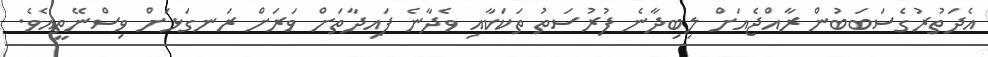
އެދަތުރުގެސަބަބުން ރާއްޖެއަށް ލިބިދާނެ ފުރުސަތު ތަކަކާއި ވެދާނެ ފައިދާތަށް ވަރަށް ރަނގަޅަށް ވިސްނޭތީއެވެ.